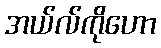
အယ်လ်ကိုဟော